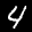
Label: 4